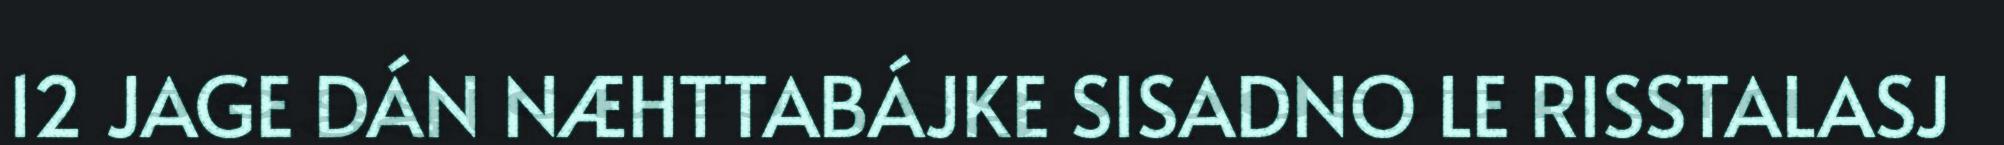
12 JAGE DÁN NÆHTTABÁJKE SISADNO LE RISSTALASJ